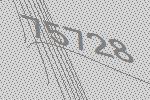
75728